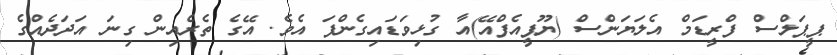
ޕީޕަލްސް ފްރީޑަމް އެލަޔަންސް (ޔޫޕީއެފްއޭ)އާ ގުޅިވަޑައިގެންފަ އެވެ. އޭގެ ތެރެއިން ގިނަ އަދަދެއްގެ